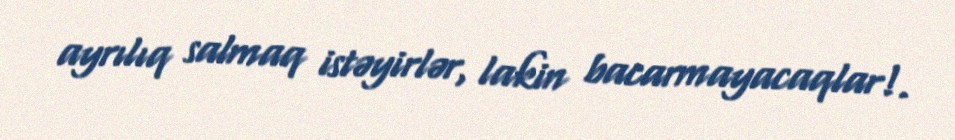
ayrılıq salmaq istəyirlər, lakin bacarmayacaqlar!.